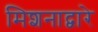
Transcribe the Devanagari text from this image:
मिशनाद्वारे